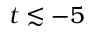
t \lesssim - 5